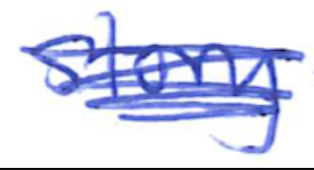
Text: story
Cross-out: scratch
Writing tool: ballpoint